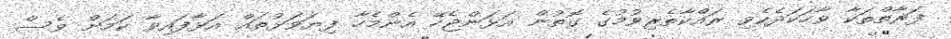
ފަރާތްތަކާ ވާހަކަދެކެވި ރައްކާތެރިވުމުގެ ގޮތުން އަޅަންޖެހޭ އެންމެހާ ފިޔަވަޅުތައް އަޅާފައިވާ ކަމަށް ވެސް